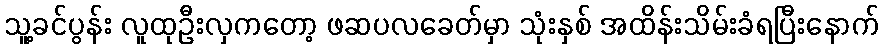
သူ့ခင်ပွန်း လူထုဦးလှကတော့ ဖဆပလခေတ်မှာ သုံးနှစ် အထိန်းသိမ်းခံရပြီးနောက်